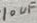
Text: 10uF